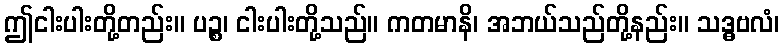
ဤငါးပါးတို့တည်း။ ပဉ္စ၊ ငါးပါးတို့သည်။ ကတမာနိ၊ အဘယ်သည်တို့နည်း။ သဒ္ဓဗလံ၊